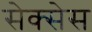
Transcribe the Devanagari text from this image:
सेक्सेस